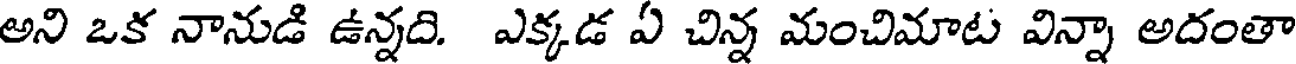
అని ఒక నానుడి ఉన్నది. ఎక్కడ ఏ చిన్న మంచిమాట విన్నా అదంతా